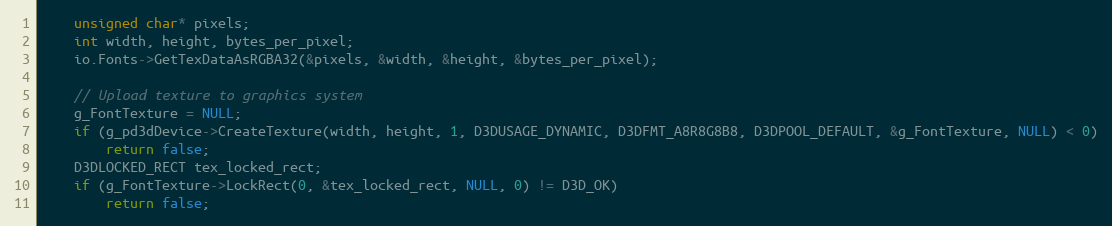
Language: C++
    unsigned char* pixels;
    int width, height, bytes_per_pixel;
    io.Fonts->GetTexDataAsRGBA32(&pixels, &width, &height, &bytes_per_pixel);

    // Upload texture to graphics system
    g_FontTexture = NULL;
    if (g_pd3dDevice->CreateTexture(width, height, 1, D3DUSAGE_DYNAMIC, D3DFMT_A8R8G8B8, D3DPOOL_DEFAULT, &g_FontTexture, NULL) < 0)
        return false;
    D3DLOCKED_RECT tex_locked_rect;
    if (g_FontTexture->LockRect(0, &tex_locked_rect, NULL, 0) != D3D_OK)
        return false;